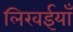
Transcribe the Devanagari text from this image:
लिखईयाँ